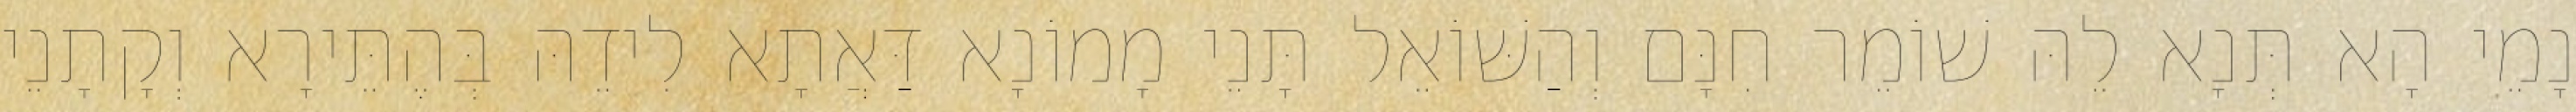
נָמֵי הָא תְּנָא לֵהּ שׁוֹמֵר חִנָּם וְהַשּׁוֹאֵל תָּנֵי מָמוֹנָא דַּאֲתָא לִידֵהּ בְּהֶתֵּירָא וְקָתָנֵי